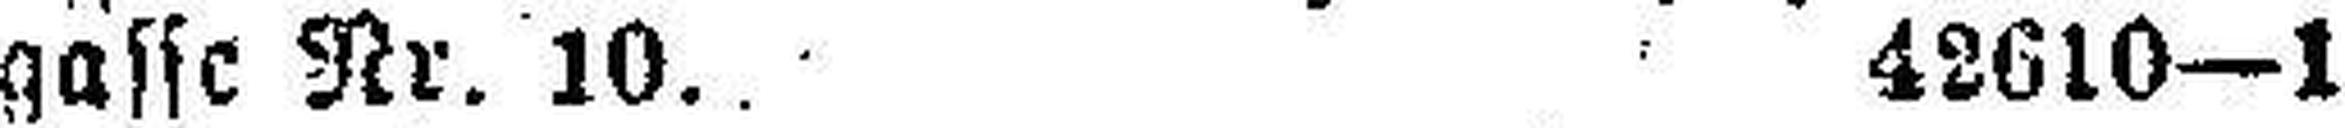
gasse Nr. 10. 42610—1